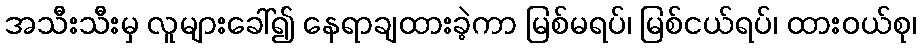
အသီးသီးမှ လူများခေါ်၍ နေရာချထားခဲ့ကာ မြစ်မရပ်၊ မြစ်ငယ်ရပ်၊ ထားဝယ်စု၊